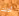
أذنك